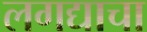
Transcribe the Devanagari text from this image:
लगद्याचा